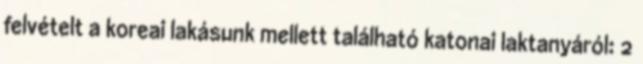
felvételt a koreai lakásunk mellett található katonai laktanyáról: 2